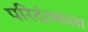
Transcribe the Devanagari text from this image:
परिदंतकला